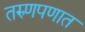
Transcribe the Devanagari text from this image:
तरुणपणात